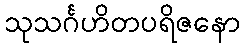
သုသင်္ဂဟိတပရိဇနော